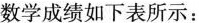
数学成绩如下表所示：